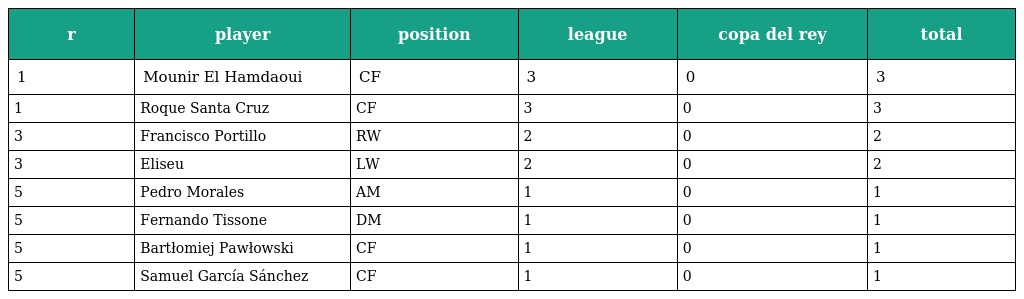
| r | player | position | league | copa del rey | total |
 | --- | --- | --- | --- | --- | --- |
 | 1 | Mounir El Hamdaoui | CF | 3 | 0 | 3 |
 | 1 | Roque Santa Cruz | CF | 3 | 0 | 3 |
 | 3 | Francisco Portillo | RW | 2 | 0 | 2 |
 | 3 | Eliseu | LW | 2 | 0 | 2 |
 | 5 | Pedro Morales | AM | 1 | 0 | 1 |
 | 5 | Fernando Tissone | DM | 1 | 0 | 1 |
 | 5 | Bartłomiej Pawłowski | CF | 1 | 0 | 1 |
 | 5 | Samuel García Sánchez | CF | 1 | 0 | 1 |